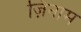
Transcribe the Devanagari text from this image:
ज़िनाम